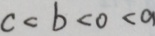
c < b < 0 < a